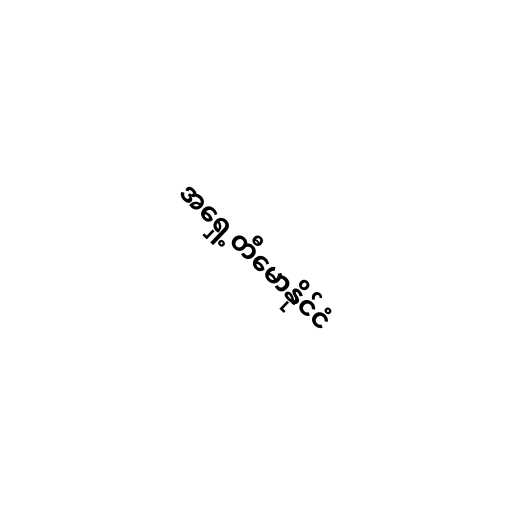
အရှေ့တီမောနိုင်ငံ